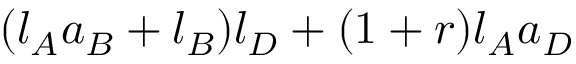
( l _ { A } a _ { B } + l _ { B } ) l _ { D } + ( 1 + r ) l _ { A } a _ { D }